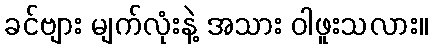
ခင်ဗျား မျက်လုံးနဲ့ အသား ဝါဖူးသလား။